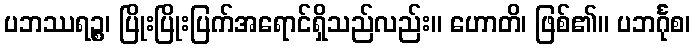
ပဘဿရဉ္စ၊ ပြိုးပြိုးပြက်အရောင်ရှိသည်လည်း။ ဟောတိ၊ ဖြစ်၏။ ပဘင်္ဂုစ၊